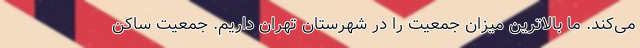
می‌کند. ما بالاترین میزان جمعیت را در شهرستان تهران داریم. جمعیت ساکن